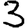
Digit: 3